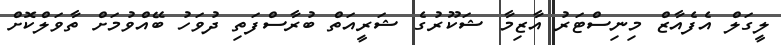
ލީގަލް އެފެއާޒް މިނިސްޓަރު އާޒިމާ ޝަކޫރުގެ ޝަރީއަތް ބުރާސްފަތި ދުވަހު ބޭއްވުމަށް ތާވަލްކޮށް